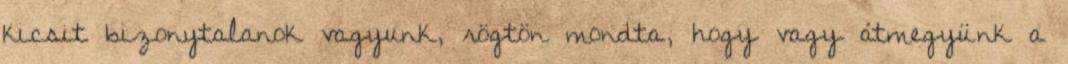
kicsit bizonytalanok vagyunk, rögtön mondta, hogy vagy átmegyünk a